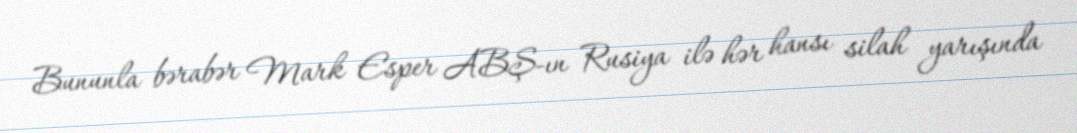
Bununla bərabər Mark Esper ABŞ-ın Rusiya ilə hər hansı silah yarışında